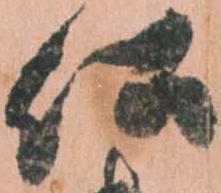
仏